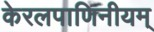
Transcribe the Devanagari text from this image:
केरलपाणिनीयम्